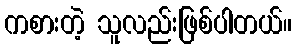
ကစားတဲ့ သူလည်းဖြစ်ပါတယ်။